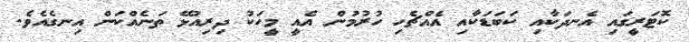
ކޮޓަރީގައި އެނދަކާއި ކަބަޑަކާއި އެއްޗެހި ހުރުމުން އެއީ މީހަކު ދިރިއުޅޭ ތަނެއްކަން އިނގެއެވެެ.